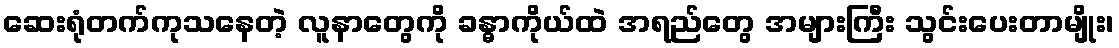
ဆေးရုံတက်ကုသနေတဲ့ လူနာတွေကို ခန္ဓာကိုယ်ထဲ အရည်တွေ အများကြီး သွင်းပေးတာမျိုး၊